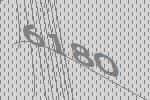
6180